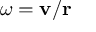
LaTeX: \omega = \mathbf { v } / \mathbf { r }